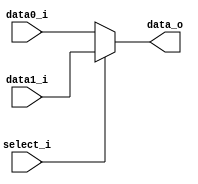
module MUX5 (
  input [4:0] data0_i,
  input [4:0] data1_i,
  input select_i,
  output [4:0] data_o
);

assign data_o = select_i ? data1_i : data0_i;

endmodule